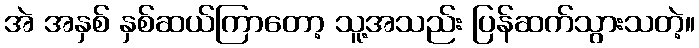
အဲ အနှစ် နှစ်ဆယ်ကြာတော့ သူ့အသည်း ပြန်ဆက်သွားသတဲ့။